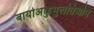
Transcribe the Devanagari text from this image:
बायोअक्कुमुलतिओन